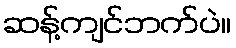
ဆန့်ကျင်ဘက်ပဲ။